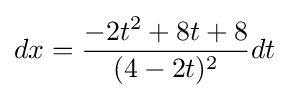
dx={\frac {-2t^{2}+8t+8}{(4-2t)^{2}}}dt